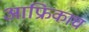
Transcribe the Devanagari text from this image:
आफ्रिकाच